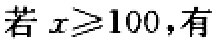
若 \(x\geqslant 100\)，有